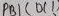
Text: PB1